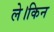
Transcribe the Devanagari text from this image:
ले।किन